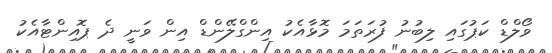
ވޯލްޑް ކަޕުގައި ލިބުނު ފުރަތަމަ މޮޅާއެކު އިންގްލޭންޑް އިން ވަނީ ދެ ޕޮއިންޓާއެކު